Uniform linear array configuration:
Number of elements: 24
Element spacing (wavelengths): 0.75
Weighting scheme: exponential
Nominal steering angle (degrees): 30
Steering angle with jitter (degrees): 28.131
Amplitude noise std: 0.05
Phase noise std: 0.05

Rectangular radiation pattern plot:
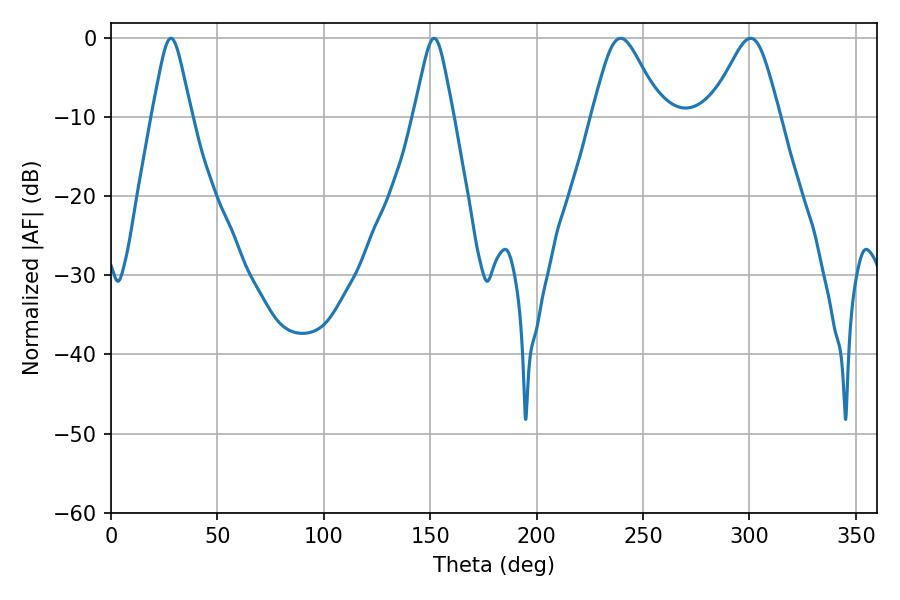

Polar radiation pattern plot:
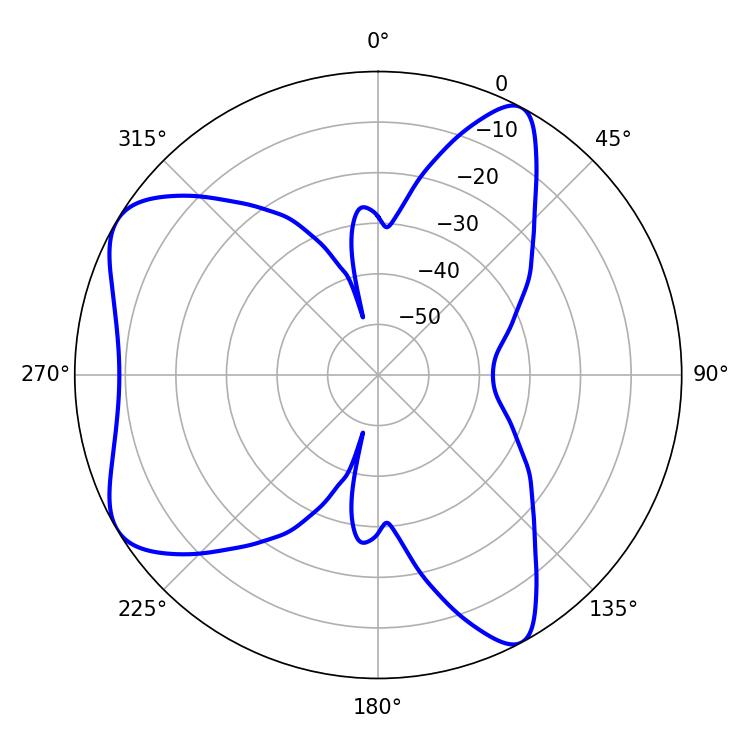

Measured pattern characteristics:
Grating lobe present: TRUE
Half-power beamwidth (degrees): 15.84
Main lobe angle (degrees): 239.4